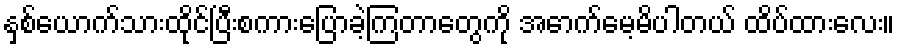
နှစ်ယောက်သားထိုင်ပြီးစကားပြောခဲ့ကြတာတွေကို အောက်မေ့မိပါတယ် ထိပ်ထားလေး။